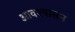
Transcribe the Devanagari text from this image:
आवश्‍वासन